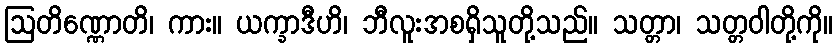
ဩတိဏ္ဏောတိ၊ ကား။ ယက္ခာဒီဟိ၊ ဘီလူးအစရှိသူတို့သည်။ သတ္တာ၊ သတ္တဝါတို့ကို။